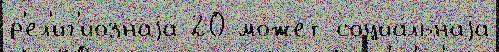
р'ел'иг'ио́знаjа 20 мо́жет социа́льнаjа